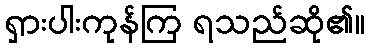
ရှားပါးကုန်ကြ ရသည်ဆို၏။